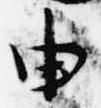
由